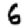
Digit: 6